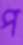
প